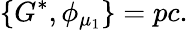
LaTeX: \{ G^{*},\phi_{\mu_{1}}\} =pc.